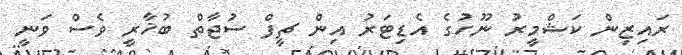
ރައިޒިން ކަޝްމީރު ނޫހުގެ އެޑިޓަރު އިން ޗީފް ސުޖާތް ބުޚާރީ ވެސް ވަނީ